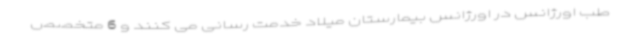
طب اورژانس در اورژانس بیمارستان میلاد خدمت رسانی می کنند و 6 متخصص